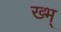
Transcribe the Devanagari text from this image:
ख्भ्